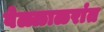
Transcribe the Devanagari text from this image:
वेळ्ळाळरांत